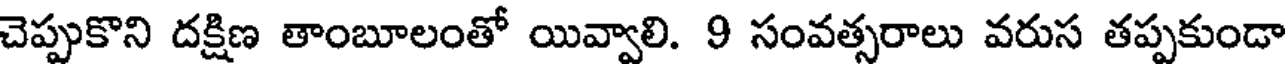
చెప్పుకొని దక్షిణ తాంబూలంతో యివ్వాలి. 9 సంవత్సరాలు వరుస తప్పకుండా